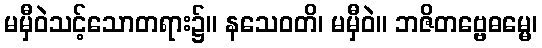
မမှီဝဲသင့်သောတရား၌။ နသေဝတိ၊ မမှီဝဲ။ ဘဇိတဗ္ဗေဓမ္မေ၊